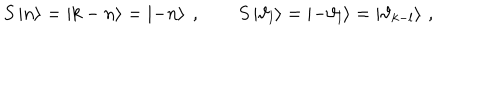
S \left| n \right\rangle = \left| k - n \right\rangle = \left| - n \right\rangle \: , \qquad S \left| \vartheta _ { l } \right\rangle = \left| - \vartheta _ { l } \right\rangle = \left| \vartheta _ { k - l } \right\rangle \, ,